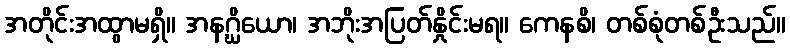
အတိုင်းအထွာမရှိ။ အနဂ္ဃိယော၊ အဘိုးအပြတ်နှိုင်းမရ။ ကေနစိ၊ တစ်စုံတစ်ဦးသည်။